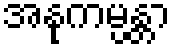
အနုကမ္ပန္တာ